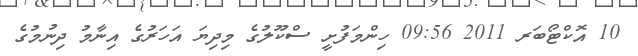
10 އޮކްޓޯބަރ 2011 09:56 ހިންމަފުށީ ސްކޫލުގެ މިދިޔަ އަހަރުގެ އިނާމު ދިނުމުގެ